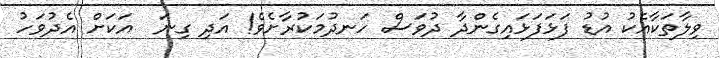
ވިލާތަކާއެކު އުޑު ފަޅަފަޅައިގެންދާ ދުވަސް ހަނދުމަކުރާށެވެ! އަދި ގިނަ  އަކަށް އެދުވަހު